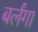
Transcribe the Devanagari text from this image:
बर्लंगा